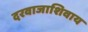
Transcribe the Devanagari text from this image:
दरवाजाशिवाय